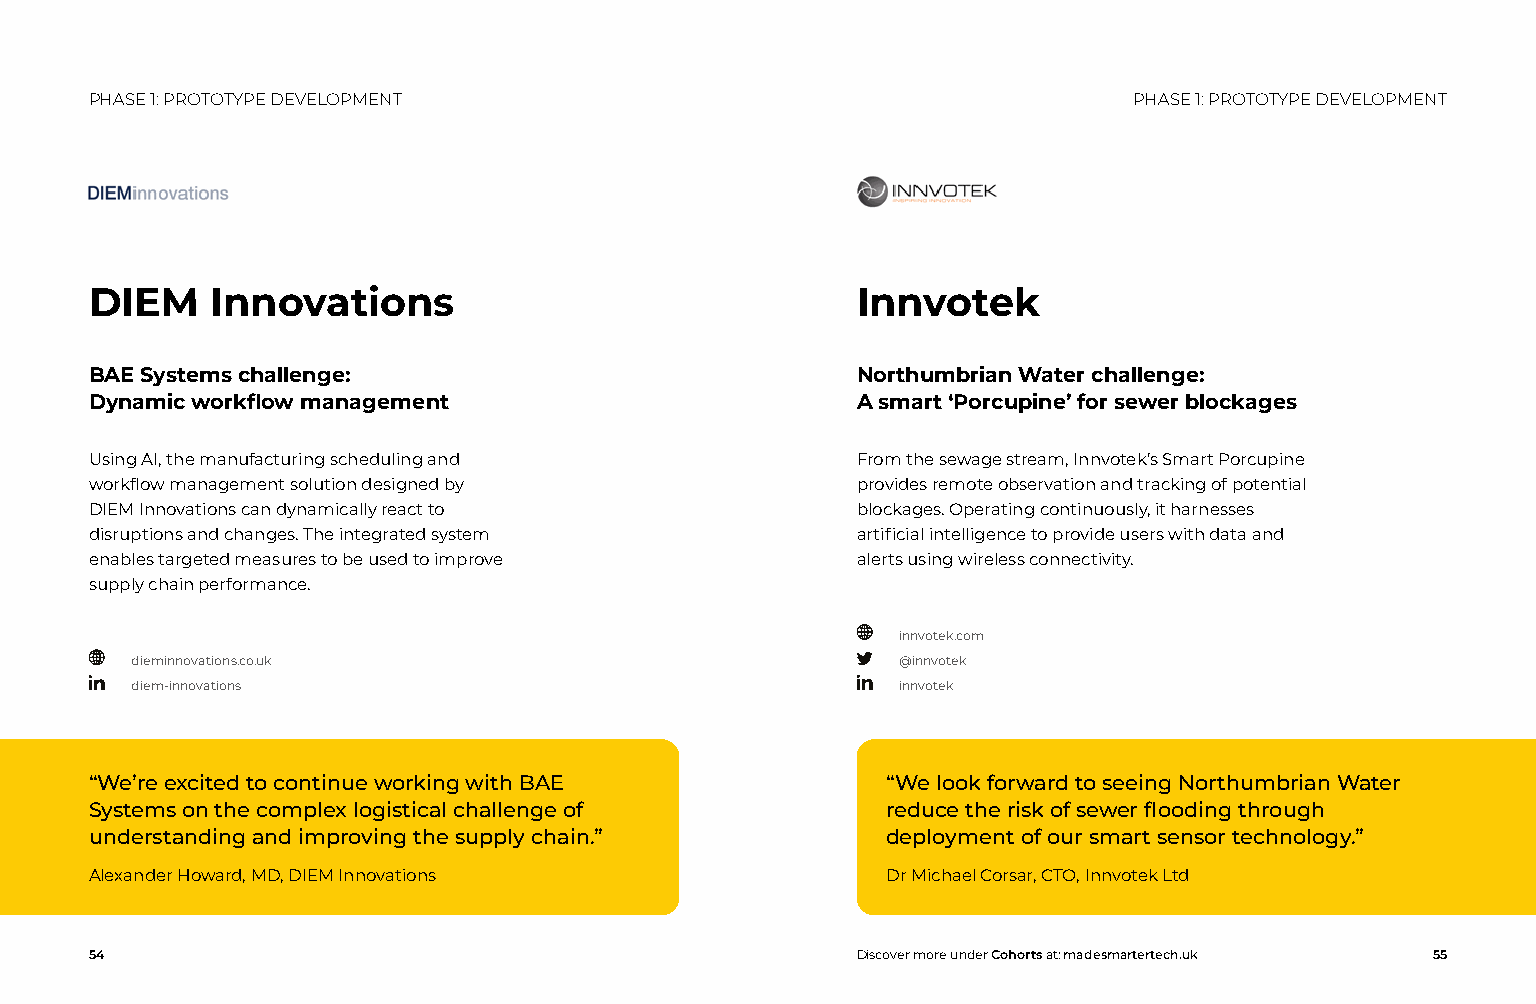
PHASE 1: PROTOTYPE DEVELOPMENT                                       PHASE 1: PROTOTYPE DEVELOPMENT
 DIEM    Innovations                                Innvotek
 BAE Systems challenge:                             Northumbrian Water challenge:
 Dynamic workflow management                        A smart ‘Porcupine’ for sewer blockages
 Using AI, the manufacturing scheduling and         From the sewage stream, Innvotek’s Smart Porcupine
 workflow management solution designed by           provides remote observation and tracking of potential
 DIEM Innovations can dynamically react to          blockages. Operating continuously, it harnesses
 disruptions and changes. The integrated system     artificial intelligence to provide users with data and
 enables targeted measures to be used to improve    alerts using wireless connectivity.
 supply chain performance.
 innvotek.com
 dieminnovations.co.uk                              @innvotek
 diem-innovations                                   innvotek
 “We’re excited to continue working with BAE          “We look forward to seeing Northumbrian Water
 Systems on the complex logistical challenge of       reduce the risk of sewer flooding through
 understanding and improving the supply chain.”       deployment of our smart sensor technology.”
 Alexander Howard, MD, DIEM Innovations               Dr Michael Corsar, CTO, Innvotek Ltd
 54                                                 Discover more under Cohorts at: madesmartertech.uk 55